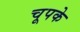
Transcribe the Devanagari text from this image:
चूपके